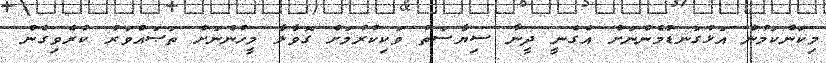
މިކަންކަމުން އަޅުގަނޑުމެންނަށް އެގެނީ ދީނާ ސިޔާސަތު ވަކިކުރުމަށް ގޮވާލާ މީހުންނަށް ތަޞައްވަރު ކުރެވިގެން